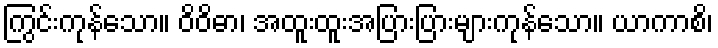
ကြွင်းကုန်သော။ ဝိဝိဓာ၊ အထူးထူးအပြားပြားများကုန်သော။ ယာကာစိ၊